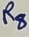
Text: R8